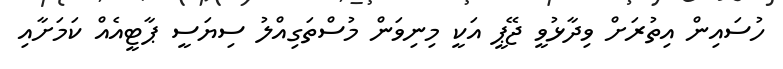
ހުސައިން އިތުރަށް ވިދާޅުވީ ޖޭޕީ އަކީ މިނިވަން މުސްތަގިއްލު ސިޔަސީ ޕާޓީއެއް ކަމަށާއި